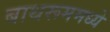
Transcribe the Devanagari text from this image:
बाथरूममध्ये